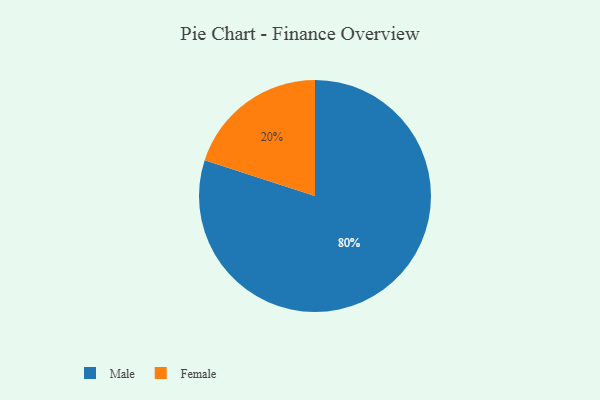
{"axis": {"x": "Category", "y": "Percentage"}, "legend": ["Female", "Male"], "data": [{"x": "Male", "y": 80, "type": "Male"}, {"x": "Female", "y": 20, "type": "Female"}]}